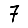
Digit: 7